Lunatic asylums United Provinces 1909-1921 - 1909-1921
Year: 1909
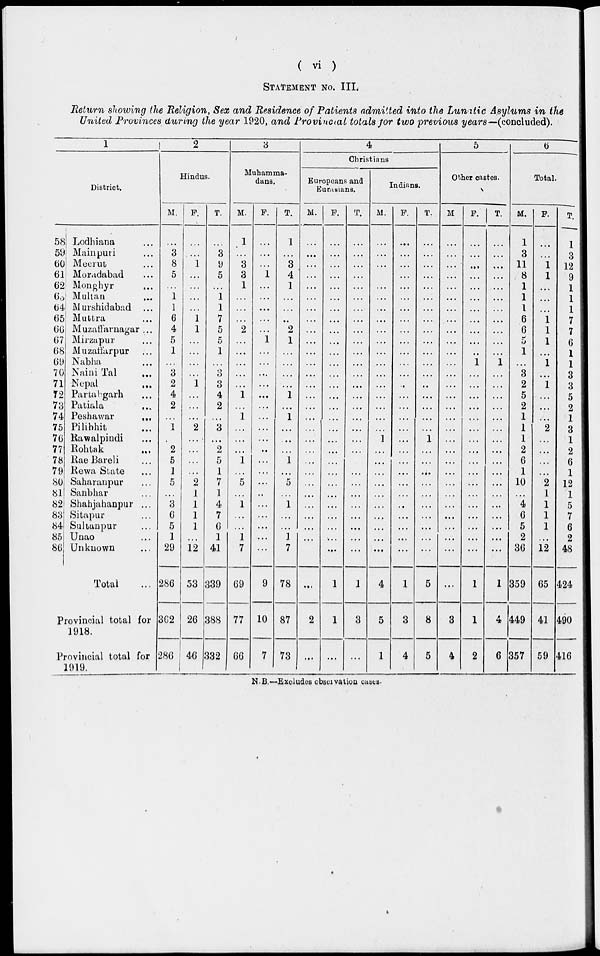
( vi )
STATEMENT NO. III.
Return showing the Religion, Sex and Residence of Patients admitted into the Lunatic Asylums in the
United Provinces during the year 1920, and Provincial totals for two previous years—(concluded).
1
District.
58
59
60
61
62
63
64
65
66
67
68
69
70
71
72
73
74
75
76
77
78
79
80
81
82
83
84
85
86
Lodhiana ...
Mainpuri ...
Meerut ...
Moradabad ...
Monghyr ...
Multan ...
Murshidabad ...
Muttra ...
Muzaffarnagar ...
Mirzapur ...
Muzaffarpur ...
Nabha ...
Naini Tal ...
Nepal ...
Partabgarh ...
Patiala ...
Peshawar
...
Pilibhit ...
Rawalpindi ...
Rohtak ...
Rae Bareli ...
Rewa State ...
Saharanpur ...
Sanbhar ...
Shahjahanpur ...
Sitapur ...
Sultanpur ...
Unao ...
Unknown ...
Total
Provincial total for
1918.
Provincial total for
1919.
2
Hindus.
M.
...
3
8
5
...
1
1
6
4
5
1
...
3
2
4
2
...
1
...
2
5
1
5
...
3
6
5
1
29
286
362
286
F.
...
...
1
...
...
...
...
1
1
...
...
...
...
1
...
...
...
2
...
...
...
...
2
1
1
1
1
...
12
53
26
46
T.
...
3
9
5
...
1
1
7
5
5
1
...
3
3
4
2
...
3
...
2
5
1
7
1
4
7
6
1
41
339
388
332
3
Muhamma-
dans.
M.
1
...
3
3
1
...
...
...
2
...
...
...
...
....
1
...
1
...
...
...
1
...
5
...
1
...
...
1
7
69
77
66
F.
...
...
...
1
...
...
...
...
...
1
...
...
...
...
...
...
...
...
...
...
...
...
...
...
...
...
...
...
...
9
10
7
T.
1
...
3
4
1
...
...
...
2
1
...
...
...
...
1
...
1
...
...
...
1
...
5
...
1
...
...
1
7
78
87
73
4
Christians
Europeans and
Eurasians.
M.
...
...
...
...
...
...
...
...
...
...
...
...
...
...
...
...
...
...
...
...
...
...
...
...
...
...
...
...
...
...
2
...
F.
...
...
...
...
...
...
...
...
...
...
...
...
...
...
...
...
...
...
...
...
...
...
...
...
...
...
...
...
...
1
1
...
T.
...
...
...
...
...
...
...
...
...
...
...
...
...
...
...
...
...
...
...
...
...
...
...
...
...
...
...
...
...
1
3
...
Indians.
M.
...
...
...
...
...
...
...
...
...
...
...
...
...
...
...
...
...
...
1
...
...
...
...
...
...
...
...
...
...
4
5
1
F.
...
...
...
...
...
...
...
...
...
...
...
...
...
...
...
...
...
...
...
...
...
...
...
...
...
...
...
....
...
1
3
4
T.
...
...
...
...
...
...
...
...
...
...
...
...
...
...
...
...
...
...
1
...
...
...
...
...
...
...
...
...
...
5
8
5
5
Other castes.
M
...
...
...
...
...
...
...
...
...
...
...
...
...
...
...
...
...
...
...
...
...
...
...
...
...
...
...
...
...
...
3
4
F.
...
...
...
...
...
...
...
...
....
...
..
1
...
...
...
...
...
...
...
...
...
...
...
...
...
...
...
...
...
1
1
2
T.
...
...
...
...
...
...
...
...
...
...
...
1
...
...
...
...
...
...
...
...
...
...
...
...
...
...
...
...
...
1
4
6
6
Total.
M.
1
3
11
8
1
1
1
6
6
5
1
...
3
2
5
2
1
1
1
2
6
1
10
...
4
6
5
2
36
359
449
357
F.
...
...
1
1
...
...
...
1
1
1
...
1
...
1
...
...
...
2
...
...
...
...
2
1
1
1
1
...
12
65
41
59
T.
1
3
12
9
1
1
1
7
7
6
1
1
3
3
5
2
1
3
1
2
6
1
12
1
5
7
6
2
48
424
490
416
N.B.—Excludes observation cases.